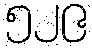
၅၂၉